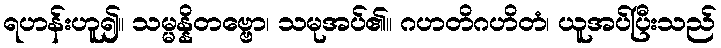
ရဟန်းဟူ၍။ သမ္မန္နိတဗ္ဗော၊ သမုအပ်၏။ ဂဟတိဂဟိတံ၊ ယူအပ်ပြီးသည်